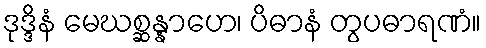
ဒုဒ္ဒိနံ မေဃစ္ဆန္နာဟေ၊ ပိဓာနံ တွပဓာရဏံ။